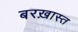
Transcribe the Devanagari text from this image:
बरख़ास्त